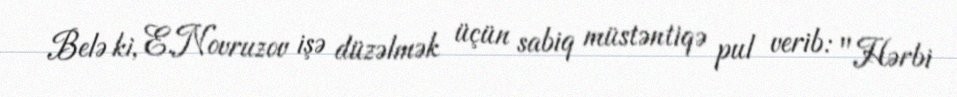
Belə ki, E.Novruzov işə düzəlmək üçün sabiq müstəntiqə pul verib: "Hərbi